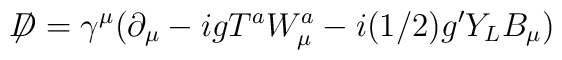
\not{\!\! D}=\gamma^{\mu}(\partial_{\mu} - igT^{a}W_{\mu}^{a}            - i(1/2)g^{\prime}Y_{L}B_{\mu})